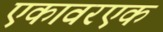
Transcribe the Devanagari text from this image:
एकावरएक